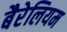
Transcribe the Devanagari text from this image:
बैरेलियम